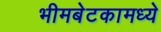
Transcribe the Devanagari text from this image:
भीमबेटकामध्ये